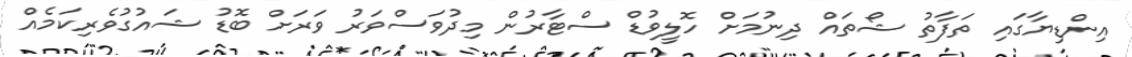
އިންޑިޔާގައި ތަފާތު ޝޯތައް ދިނުމަށް ހޮލީވުޑް ސްޓާރުން މިދުވަސްވަރު ވަރަށް ބޮޑު ޝައުގުވެރިކަމެއް